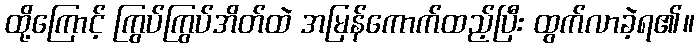
ထို့ကြောင့် ကြွပ်ကြွပ်အိတ်ထဲ အမြန်ကောက်ထည့်ပြီး ထွက်လာခဲ့ရ၏။